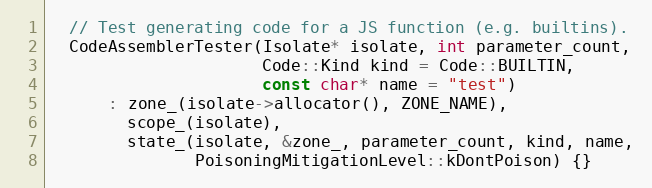
Language: C
  // Test generating code for a JS function (e.g. builtins).
  CodeAssemblerTester(Isolate* isolate, int parameter_count,
                      Code::Kind kind = Code::BUILTIN,
                      const char* name = "test")
      : zone_(isolate->allocator(), ZONE_NAME),
        scope_(isolate),
        state_(isolate, &zone_, parameter_count, kind, name,
               PoisoningMitigationLevel::kDontPoison) {}